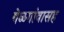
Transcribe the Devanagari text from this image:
बेळगांवासह